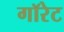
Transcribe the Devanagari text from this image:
गॉरेट